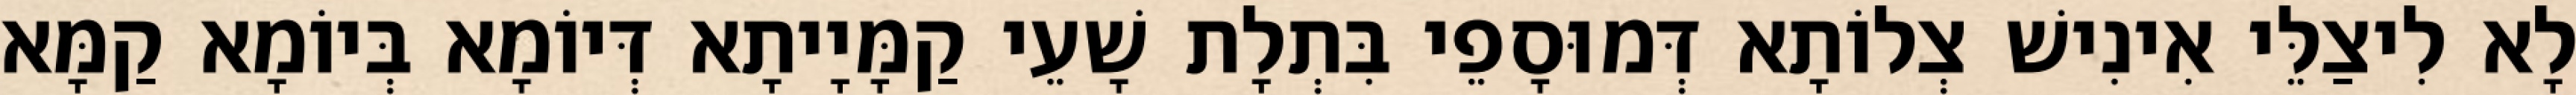
לָא לִיצַלֵּי אִינִישׁ צְלוֹתָא דְּמוּסָפֵי בִּתְלָת שָׁעֵי קַמָּיָיתָא דְּיוֹמָא בְּיוֹמָא קַמָּא